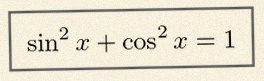
\sin^2x+\cos^2x=1